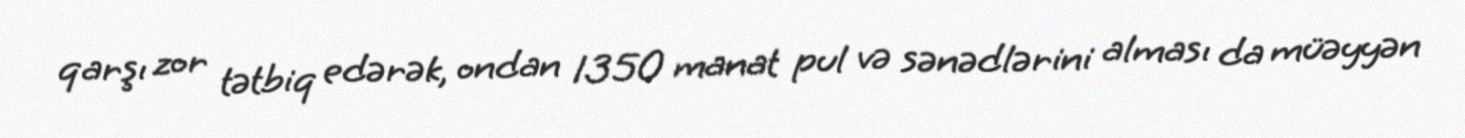
qarşı zor tətbiq edərək, ondan 1350 manat pul və sənədlərini alması da müəyyən